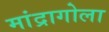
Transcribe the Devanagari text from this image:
मांद्रागोला